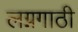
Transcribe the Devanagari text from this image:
लग्नगाठी